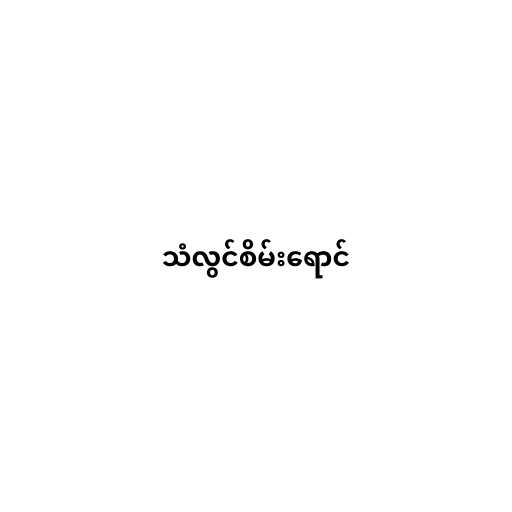
သံလွင်စိမ်းရောင်